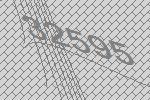
32595